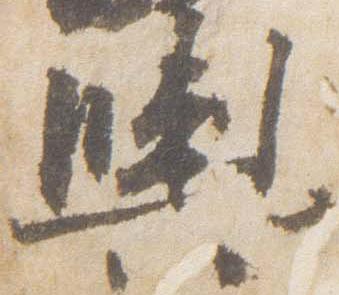
輿